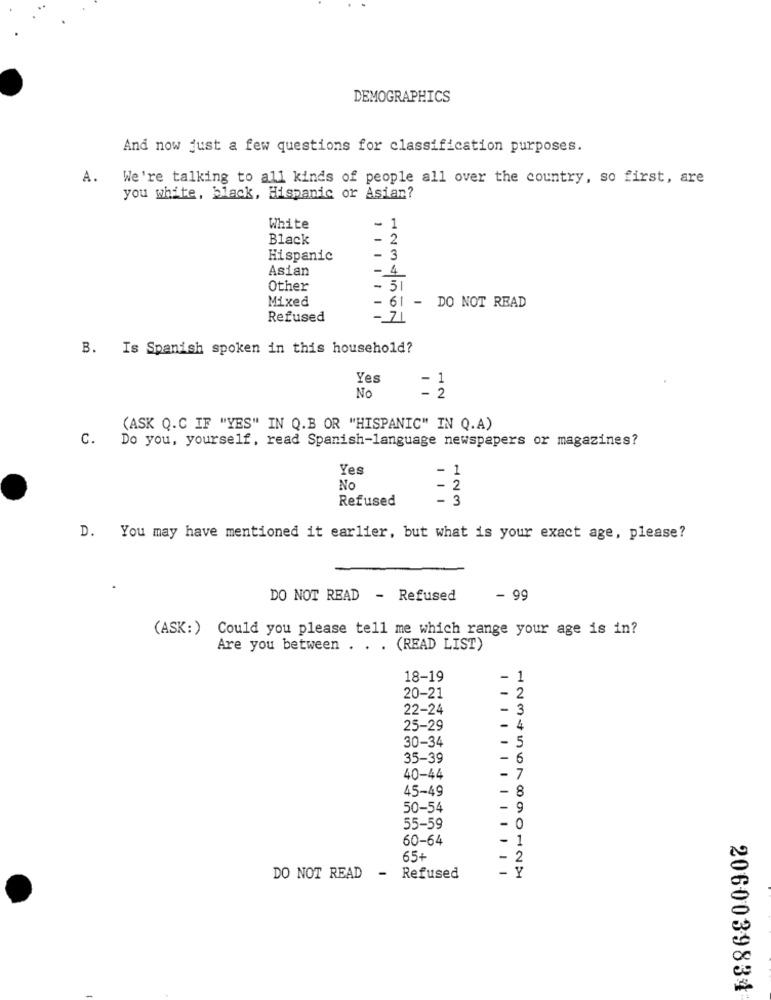
DEMOGRAPHICS
And now just a few questions for classification purposes.
A. We're talking to all kinds of people all over the country, so first, are
you white, black, Hispanic or Asian?
White
-
Black
- 2
Hispanic
Asian
-4
Other
- 51
Mixed
- 61 - DO NOT READ
Refused
- 71
B. Is Spanish spoken in this household?
Yes
1
No
= 2
(ASK Q.C IF "YES" IN Q.B OR "HISPANIC" IN Q.A)
C. Do you, yourself, read Spanish-language newspapers or magazines?
Yes
-
1
No
- 2
Refused
- 3
D. You may have mentioned it earlier, but what is your exact age, please?
DO NOT READ - Refused
- 99
(ASK:) Could you please tell me which range your age is in?
Are you between . . . (READ LIST)
18-19
- 1
20-21
- 2
22-24
- 3
25-29
- 4
- 5
30-34
35-39
- 6
40-44
- 7
45-49
- 8
50-54
- 9
55-59
- 0
60-64
- 1
65+
2
-
-
DO NOT READ
Refused
2060039834